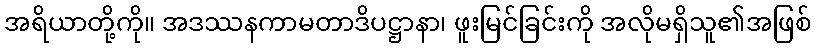
အရိယာတို့ကို။ အဒဿနကာမတာဒိပဋ္ဌာနာ၊ ဖူးမြင်ခြင်းကို အလိုမရှိသူ၏အဖြစ်